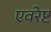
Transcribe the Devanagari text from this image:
एवरेष्ट